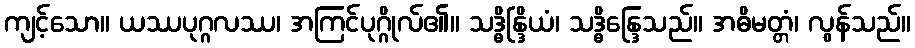
ကျင့်သော။ ယဿပုဂ္ဂလဿ၊ အကြင်ပုဂ္ဂိုလ်၏။ သဒ္ဓိန္ဒြိယံ၊ သဒ္ဓိန္ဒြေသည်။ အဓိမတ္တံ၊ လွန်သည်။